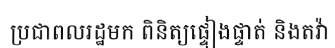
ប្រជាពលរដ្ឋមក ពិនិត្យផ្ទៀងផ្ទាត់ និងតវ៉ា